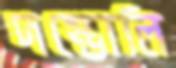
দম্ভোলি